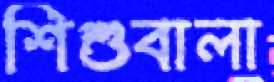
শিশুবালা